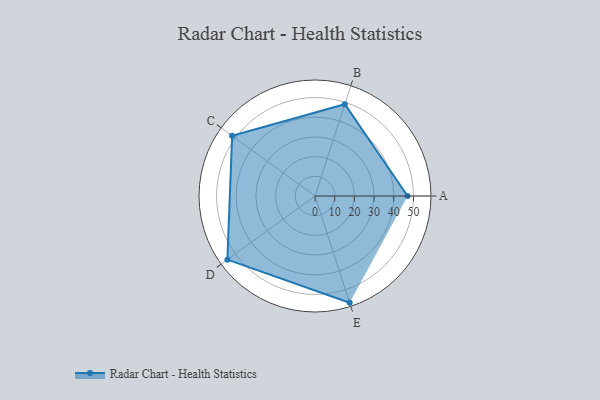
{"axis": {"x": "Skill", "y": "Score"}, "legend": ["Profile"], "data": [{"x": "A", "y": 47.0, "type": "Profile"}, {"x": "B", "y": 49.0, "type": "Profile"}, {"x": "C", "y": 52.0, "type": "Profile"}, {"x": "D", "y": 55.0, "type": "Profile"}, {"x": "E", "y": 57.0, "type": "Profile"}]}